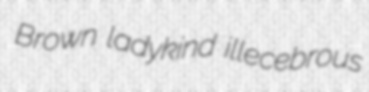
Brown ladykind illecebrous